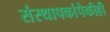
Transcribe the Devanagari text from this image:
संस्थापकांपैकीही